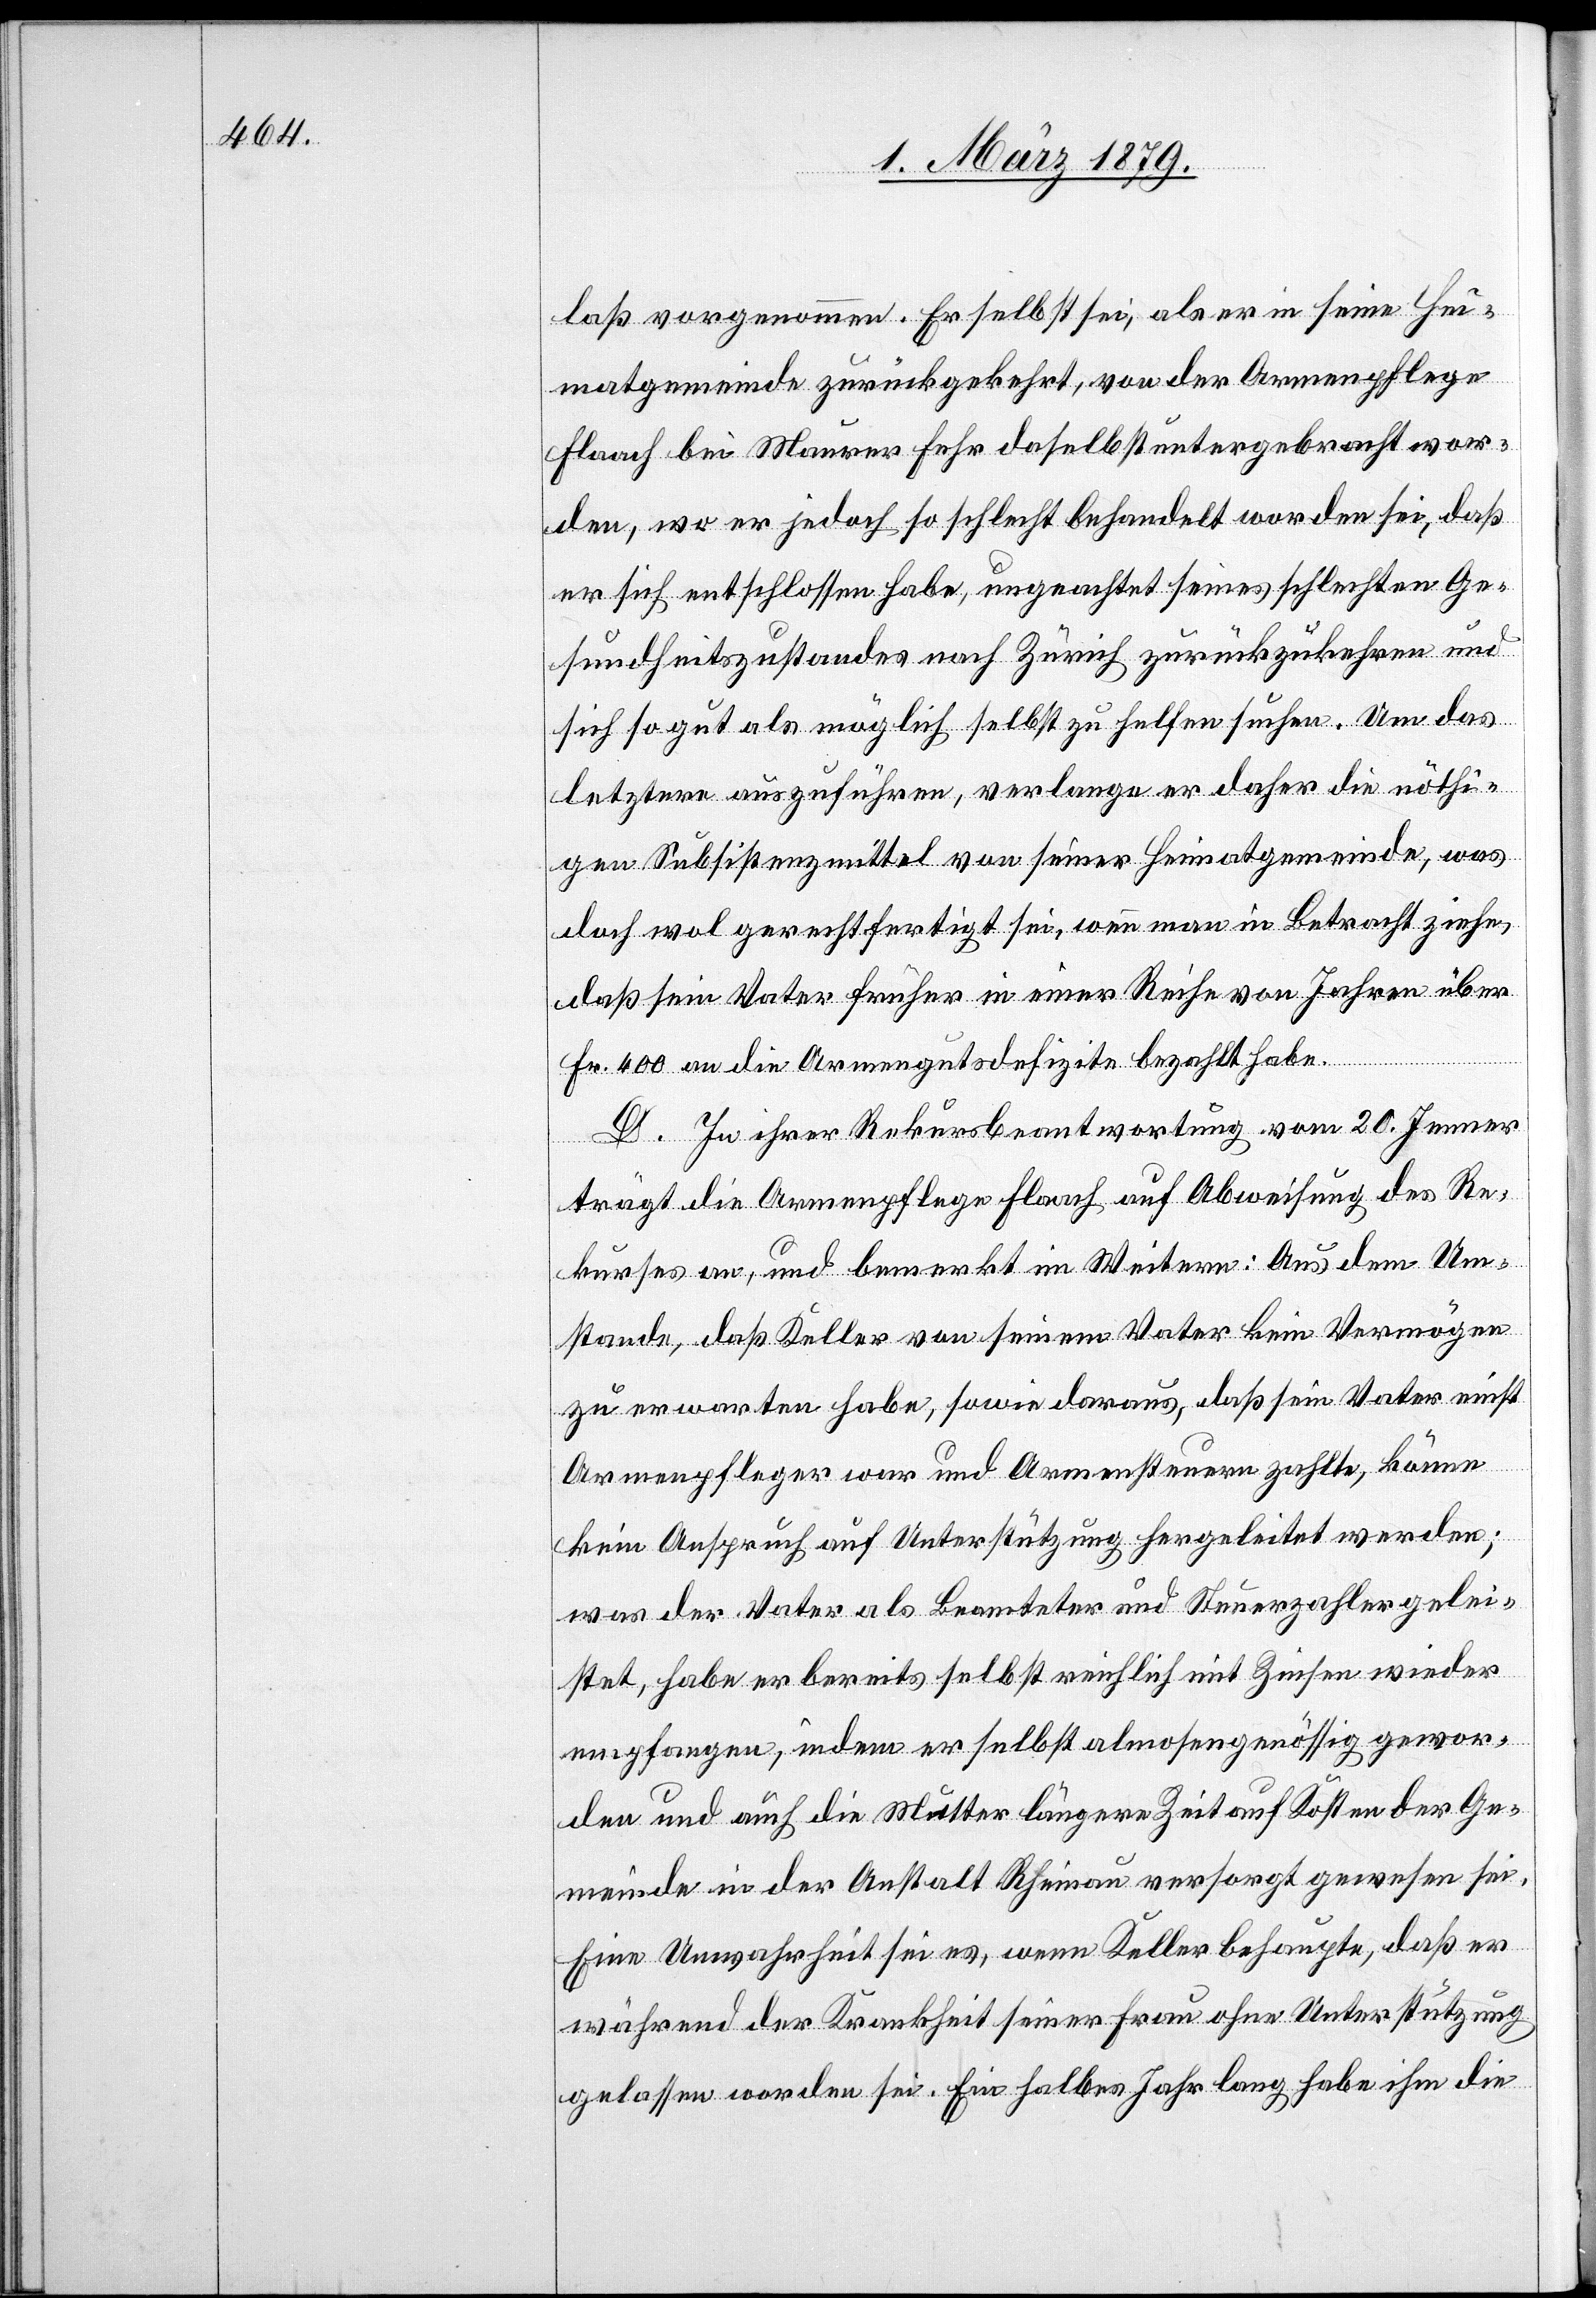
laß vorgenommen. Er selbst sei, als er in seine Hei¬
matgemeinde zurückgekehrt, von der Armenpflege
Flaach bei Maurer Fehr daselbst untergebracht wor¬
den, wo er jedoch so schlecht behandelt worden sei, daß
er sich entschlossen habe, ungeachtet seines schlechten Ge¬
sundheitszustandes nach Zürich zurückzukehren und
sich so gut als möglich selbst zu helfen suchen. Um das
letztere auszuführen, verlange er daher die nöthi¬
gen Subsistenzmittel von seiner Heimatgemeinde, was
doch wol gerechtfertigt sei, wenn man in Betracht ziehe,
daß sein Vater früher in einer Reihe von Jahren über
mit
Fr. 400 an die Armengutsdefizite bezahlt habe.
D. In ihrer Rekursbeantwortung vom 20. Jenner
trägt die Armenpflege Flaach auf Abweisung des Re¬
kurses an, und bemerkt im Weitern: Aus dem Um¬
stande, daß Keller von seinem Vater kein Vermögen
zu erwarten habe, sowie daraus, daß sein Vater einst
Armenpfleger war und Armensteuern zahlte, könne
kein Anspruch auf Unterstützung hergeleitet werden;
was der Vater als Beamteter und Steuerzahler geleist¬
empfangen, indem er selbst almosengenössig gewor¬
den und auch die Mutter längere Zeit auf Kosten der Ge¬
meinde in der Anstalt Rheinau versorgt gewesen sei.
Eine Unwahrheit sei es, wenn Keller behaupte, daß er
während der Krankheit seiner Frau ohne Unterstützung
gelassen worden sei. Ein halbes Jahr lang habe ihm die